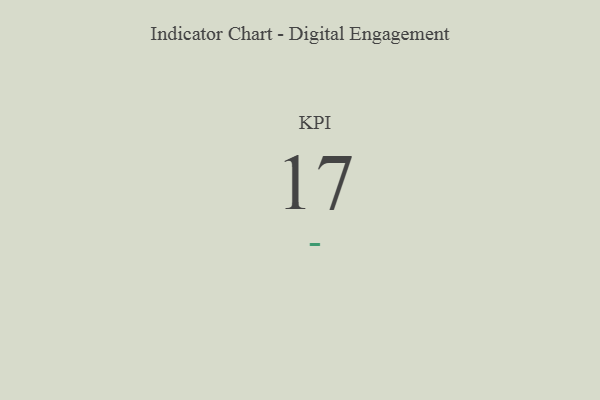
{"axis": {"x": "KPI", "y": "Value"}, "legend": [""], "data": [{"x": "KPI", "y": 17, "type": ""}]}